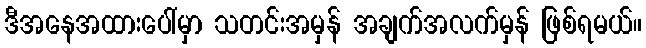
ဒီအနေအထားပေါ်မှာ သတင်းအမှန် အချက်အလက်မှန် ဖြစ်ရမယ်။